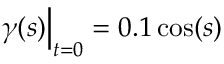
\gamma ( s ) \Big | _ { t = 0 } = 0 . 1 \cos ( s )